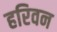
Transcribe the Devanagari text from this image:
हरिवन